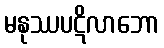
မနုဿပဋိလာဘော